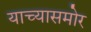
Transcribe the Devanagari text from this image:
याच्यासमोर